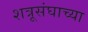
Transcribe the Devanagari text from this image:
शत्रूसंघाच्या